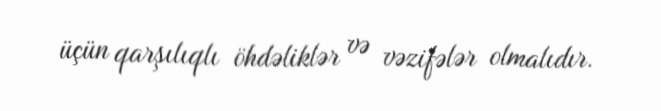
üçün qarşılıqlı öhdəliklər və vəzifələr olmalıdır.